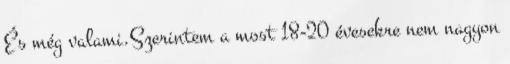
És még valami.Szerintem a most 18-20 évesekre nem nagyon